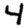
Digit: 4